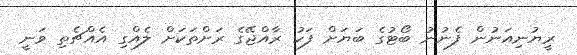
ރީޔުނިއަނުން ފެނުނު ބޯޓުގެ ބަޔަށް ފަހު ރާއްޖޭގެ ރަށްތަކަށް ލެއްގި އެއްޗެތި ވަނީ